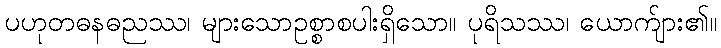
ပဟုတဓနဓညဿ၊ များသောဥစ္စာစပါးရှိသော။ ပုရိသဿ၊ ယောက်ျား၏။